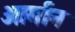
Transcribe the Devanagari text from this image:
आर्गान